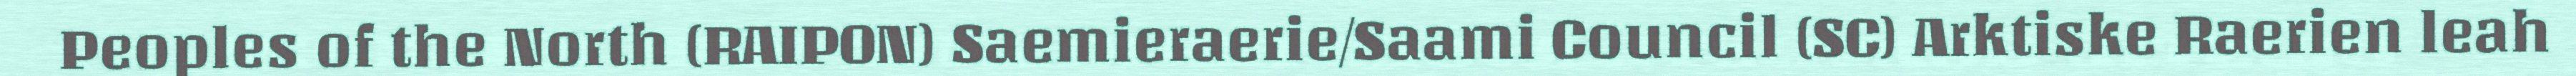
Peoples of the North (RAIPON) Saemieraerie/Saami Council (SC) Arktiske Raerien leah